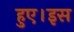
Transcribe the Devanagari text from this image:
हुए।इस